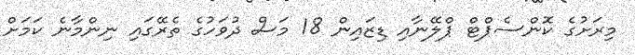
މިރަށުގެ ކޮންސެޕްޓް ޕްލޭނާއި ޑިޒައިން 18 މަސް ދުވަހުގެ ތެރޭގައި ނިންމާނެ ކަމަށް